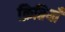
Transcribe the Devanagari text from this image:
क्रितियाँ